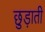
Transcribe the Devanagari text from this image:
छुड़ाती